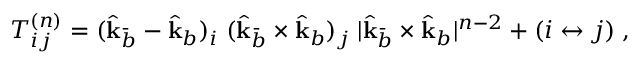
T _ { i j } ^ { ( n ) } = ( \hat { \bf k } _ { \bar { b } } - \hat { \bf k } _ { b } ) _ { i } \; ( \hat { \bf k } _ { \bar { b } } \times \hat { \bf k } _ { b } ) _ { j } \; | \hat { \bf k } _ { \bar { b } } \times \hat { \bf k } _ { b } | ^ { n - 2 } + ( i \leftrightarrow j ) \; ,